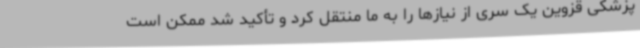
پزشکی قزوین یک سری از نیازها را به ما منتقل کرد و تأکید شد ممکن است